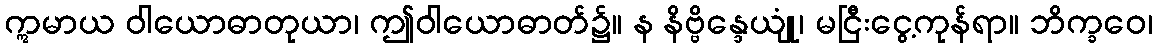
ဣမာယ ဝါယောဓာတုယာ၊ ဤဝါယောဓာတ်၌။ န နိဗ္ဗိန္ဒေယျုံ၊ မငြီးငွေ့ကုန်ရာ။ ဘိက္ခဝေ၊